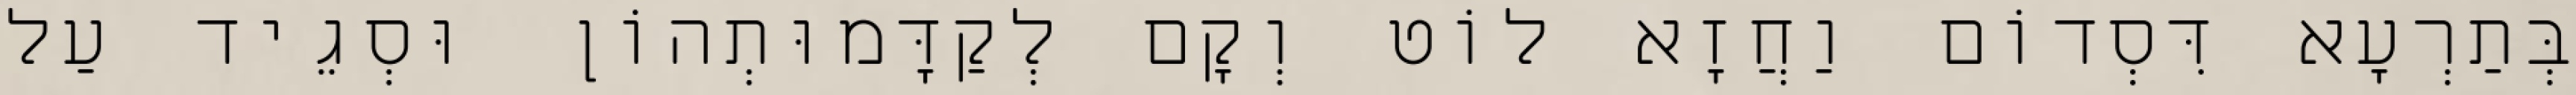
בְּתַרְעָא דִּסְדוֹם וַחֲזָא לוֹט וְקָם לְקַדָּמוּתְהוֹן וּסְגֵיד עַל